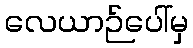
လေယာဉ်ပေါ်မှ